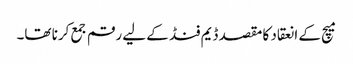
میچ کے انعقاد کا مقصد ڈیم فنڈ کے لیے رقم جمع کرنا تھا۔